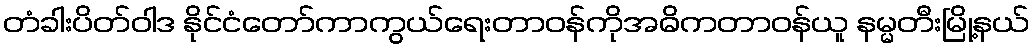
တံခါးပိတ်ဝါဒ နိုင်ငံတော်ကာကွယ်ရေးတာဝန်ကိုအဓိကတာဝန်ယူ နမ္မတီးမြို့နယ်